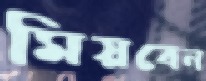
মিয়বেন